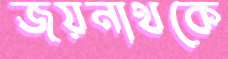
জয়নাথকে